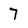
Character: 7